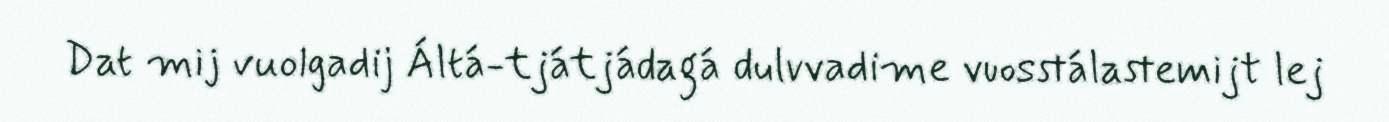
Dat mij vuolgadij Áltá-tjátjádagá dulvvadime vuosstálastemijt lej